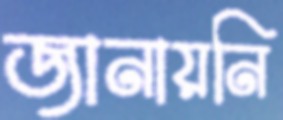
জানায়নি